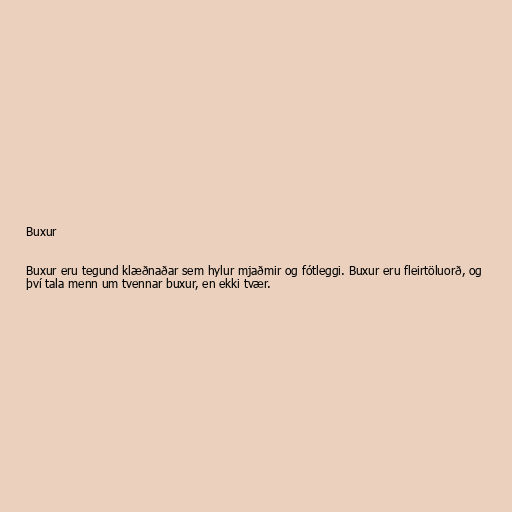
Buxur

Buxur eru tegund klæðnaðar sem hylur mjaðmir og fótleggi. Buxur eru fleirtöluorð, og
því tala menn um tvennar buxur, en ekki tvær.